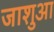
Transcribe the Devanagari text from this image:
जाशुआ